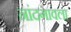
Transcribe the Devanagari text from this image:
नांदगावला